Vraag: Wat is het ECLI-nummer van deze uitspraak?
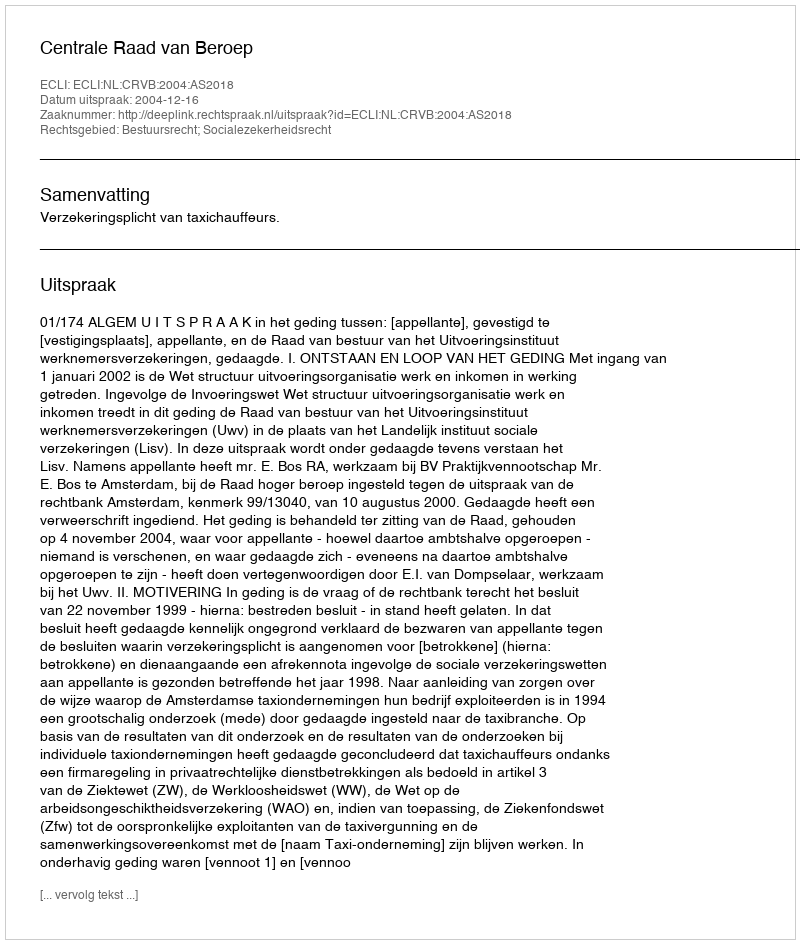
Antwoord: ECLI:NL:CRVB:2004:AS2018